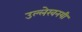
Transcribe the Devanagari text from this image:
उल्लेखनयी